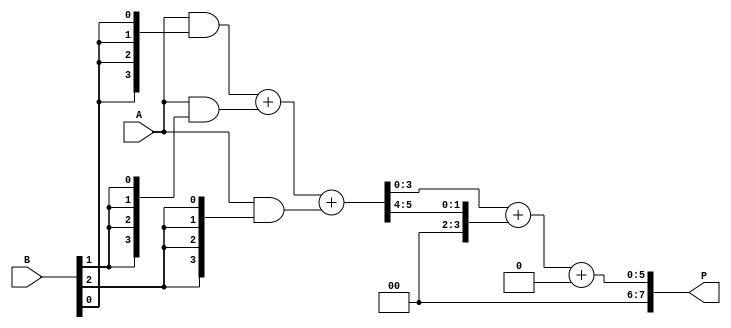
module async_wallace_tree_multiplier #(parameter N = 4) (
    input [N-1:0] A,
    input [N-1:0] B,
    output reg [2*N-1:0] P
);

// Partial Product Generation
wire [N-1:0] pp [0:N-1]; // Partial products

genvar i, j;
generate
    for (i = 0; i < N; i = i + 1) begin : pp_gen
        assign pp[i] = A & {N{B[i]}};
    end
endgenerate

// Carry-Save Adder (CSA) for Wallace Tree
wire [N-1:0] sum [0:N-1];
wire [N-1:0] carry [0:N-1];

// Initial stage of CSA
generate
    for (i = 0; i < N-1; i = i + 1) begin : csa_stage
        if (i < N/2) begin
            assign {carry[i], sum[i]} = pp[i] + pp[i+1] + pp[i+2];
        end
    end
endgenerate

// Final Addition
wire [2*N-1:0] final_sum;
wire [2*N-1:0] final_carry;

// Using a simple adder for final addition
assign {final_carry, final_sum} = {1'b0, sum[0]} + {1'b0, carry[0]};

// Output the final product
always @(*) begin
    P = final_sum + final_carry;
end

endmodule